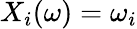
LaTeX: X_{i}(\omega)=\omega_{i}